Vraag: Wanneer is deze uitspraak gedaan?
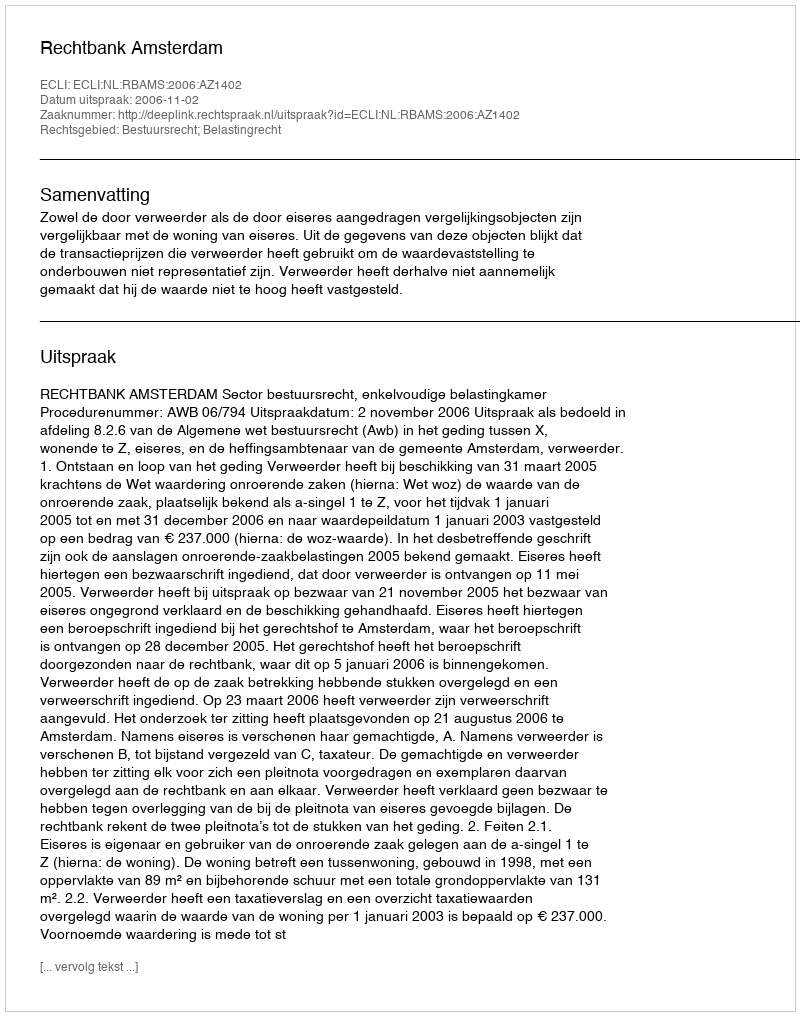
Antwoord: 2006-11-02